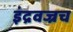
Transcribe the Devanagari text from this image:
इंद्रवज्रच